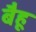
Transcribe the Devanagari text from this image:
बैहू